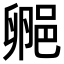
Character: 𬪁